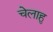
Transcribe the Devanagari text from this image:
चेलाहु